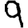
Digit: 9